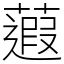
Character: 蕸